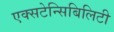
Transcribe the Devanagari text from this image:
एक्सटेन्सिबिलिटी